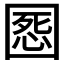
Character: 𡈒